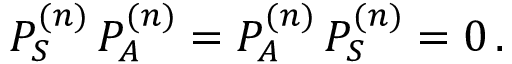
P _ { S } ^ { ( n ) } \, P _ { A } ^ { ( n ) } = P _ { A } ^ { ( n ) } \, P _ { S } ^ { ( n ) } = 0 \, .